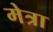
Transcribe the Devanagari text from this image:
मेत्रा